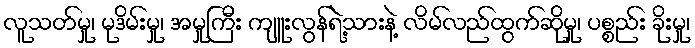
လူသတ်မှု၊ မုဒိမ်းမှု၊ အမှုကြီး ကျူးလွန်ရဲ့သားနဲ့ လိမ်လည်ထွက်ဆိုမှု၊ ပစ္စည်း ခိုးမှု၊